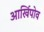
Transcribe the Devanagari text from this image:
आर्खिपोव